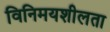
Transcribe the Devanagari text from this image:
विनिमयशीलता